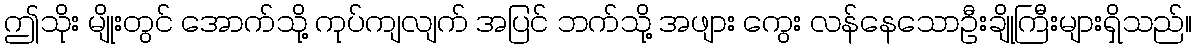
ဤသိုး မျိုးတွင် အောက်သို့ ကုပ်ကျလျက် အပြင် ဘက်သို့ အဖျား ကွေး လန်နေသောဦးချိုကြီးများရှိသည်။